Civil Veterinary Department. Central Provinces & Berar 1925-31 - 1925-1931
Year: 1925
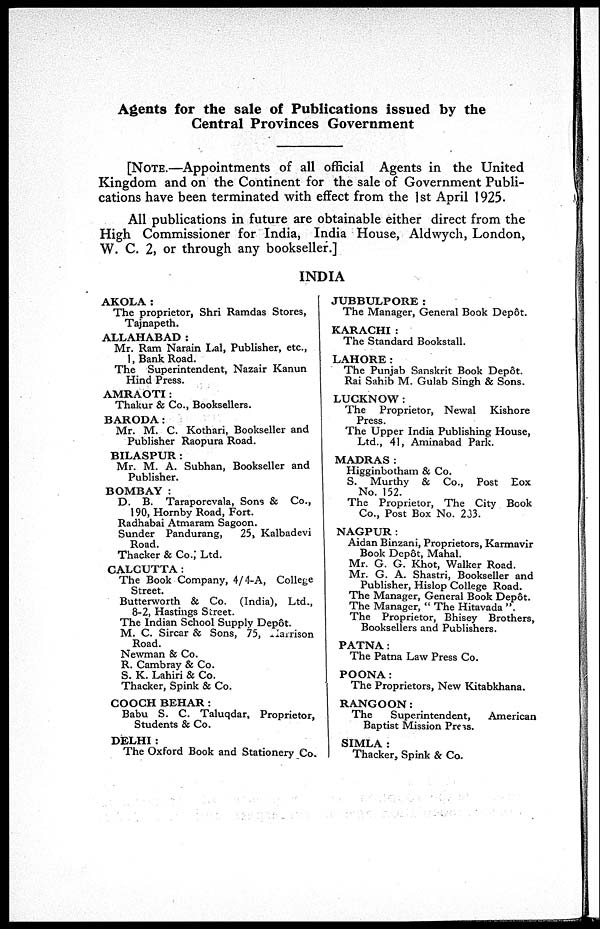
Agents for the sale of Publications issued by the
Central Provinces Government
[NOTE.—Appointments of all official Agents in the United
Kingdom and on the Continent for the sale of Government Publi-
cations have been terminated with effect from the 1st April 1925.
All publications in future are obtainable either direct from the
High Commissioner for India, India House, Aldwych, London,
W. C. 2, or through any bookseller.]
INDIA
AKOLA:
The proprietor, Shri Ramdas Stores,
Tajnapeth.
ALLAHABAD:
Mr. Ram Narain Lal, Publisher, etc.,
1, Bank Road.
The Superintendent, Nazair Kanun
Hind Press.
AMRAOTI:
Thakur & Co., Booksellers.
BARODA:
Mr. M. C. Kothari, Bookseller and
Publisher Raopura Road.
BILASPUR:
Mr. M. A. Subhan, Bookseller and
Publisher.
BOMBAY:
D. B. Taraporevala, Sons & Co.,
190, Hornby Road, Fort.
Radhabai Atmaram Sagoon.
Sunder Pandurang,
25, Kalbadevi
Road.
Thacker & Co., Ltd.
CALCUTTA:
The Book Company, 4/4-A, College
Street.
Butterworth & Co. (India), Ltd.,
8-2, Hastings Street.
The Indian School Supply Depôt.
M. C. Sircar & Sons, 75, Iarrison
Road.
Newman & Co.
R. Cambray & Co.
S. K. Lahiri & Co.
Thacker, Spink & Co.
COOCH BEHAR:
Babu S. C. Taluqdar, Proprietor,
Students & Co.
DELHI:
The Oxford Book and Stationery Co.
JUBBULPORE:
The Manager, General Book Depot.
KARACHI:
The Standard Bookstall.
LAHORE:
The Punjab Sanskrit Book Depôt.
Rai Sahib M. Gulab Singh & Sons.
LUCKNOW:
The Proprietor, Newal
Kishore
Press.
The Upper India Publishing House,
Ltd., 41, Aminabad Park.
MADRAS:
Higginbotham & Co.
S. Murthy & Co., Post Box
No. 152.
The Proprietor, The City Book
Co., Post Box No. 233.
NAGPUR:
Aidan Binzani, Proprietors, Karmavir
Book Depôt, Mahal.
Mr. G. G. Khot, Walker Road.
Mr. G. A. Shastri, Bookseller and
Publisher, Hislop College Road.
The Manager, General Book Depôt.
The Manager, "The Hitavada"
The Proprietor, Bhisey Brothers,
Booksellers and Publishers.
PATNA:
The Patna Law Press Co.
POONA:
The Proprietors, New Kitabkhana.
RANGOON:
The
Superintendent,
American
Baptist Mission Press.
SIMLA:
Thacker, Spink & Co.